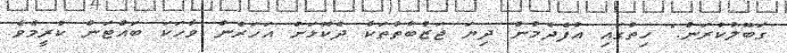
ގަބޫލުކުރަން." ހިތުގައި އުފެދެމުން ދިޔަ ޖަޒުބާތުތަކާ ދެކޮޅަށް އަހަރެން ވާހަކަ ބައްޓަން ކުރީމެވެ.